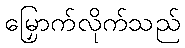
မြှောက်လိုက်သည်